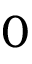
0